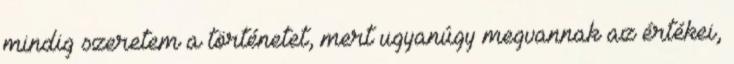
mindig szeretem a történetet, mert ugyanúgy megvannak az értékei,